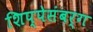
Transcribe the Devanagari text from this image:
शिप्पेसंबर्ग